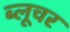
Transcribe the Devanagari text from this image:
ब्लूचर